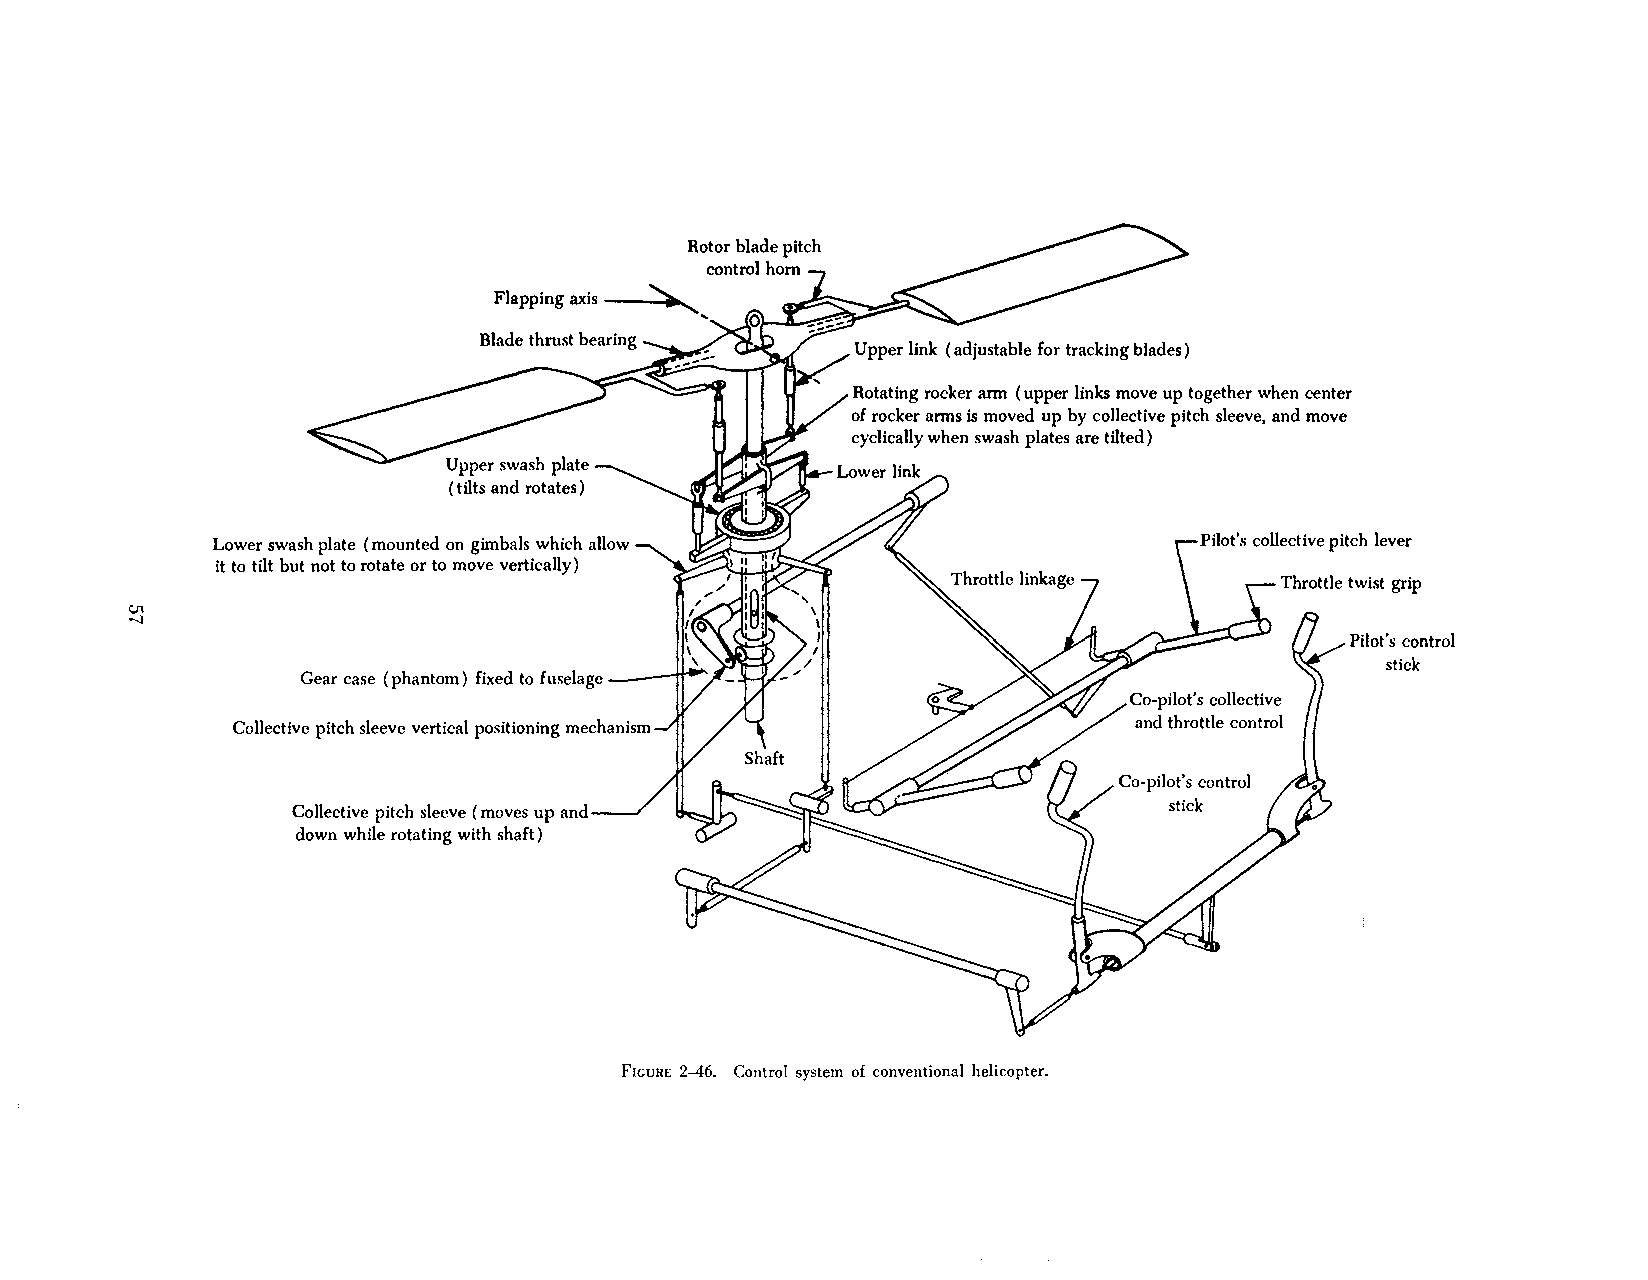
Flapping axis .........
 Upper link (adjustable for tracking blades)
 Rotating rocker arm (upper links move up together when center
 of rocker arms is moved up by collective pitch sleeve, and move
 cyclically when swash plates are tilted)
 Lower swash plate (mounted on gimbals which allow                Pilot's collective pitch lever
 it to tilt but not to rotate or to move vertically)
 CJl
 -1
 Pilot's control
 stick
 Gear case ( phantom) fixed to fuselage II _.
 Collective pitch sleeve vertical positioning mechanism
 Co-pilot's control
 stick
 Collective pitch sleeve (moves up and
 down while rotating with shaft)
 FIGURE 2--46. Control system of conventional helicopter.